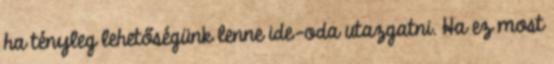
ha tényleg lehetőségünk lenne ide-oda utazgatni. Ha ez most